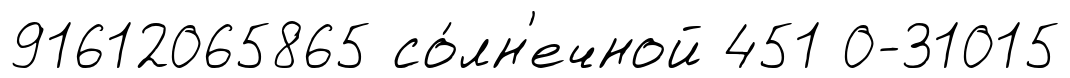
91612065865 со́лн'ечной 451 0-31015